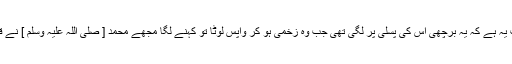
ایک روایت یہ ہے کہ یہ برچھی اس کی پسلی پر لگی تھی جب وہ زخمی ہو کر واپس لوٹا تو کہنے لگا مجھے محمد [ صلی اللہ علیہ وسلم ] نے قتل کر دیا ۔